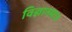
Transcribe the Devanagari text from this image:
विज्ञानमात्र